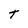
Character: t